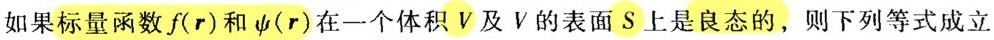
如果标量函数$f(\boldsymbol{r})$和$\psi(\boldsymbol{r})$在一个体积$V$及$V$的表面$S$上是良态的，则下列等式成立